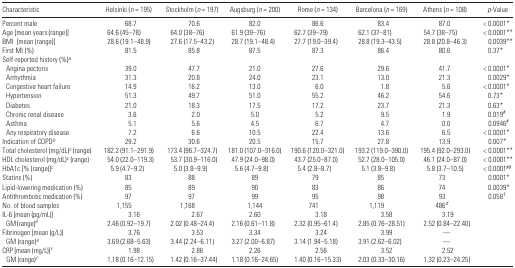
<table><thead><tr><td><b>Characteristic</b></td><td><b>Helsinki (<i>n</i> = 195)</b></td><td><b>Stockholm (<i>n</i> = 197)</b></td><td><b>Augsburg (<i>n</i> = 200)</b></td><td><b>Rome (<i>n</i> = 134)</b></td><td><b>Barcelona (<i>n</i> = 169)</b></td><td><b>Athens (<i>n</i> = 108)</b></td><td><b><i>p</i>-Value</b></td></tr></thead><tbody><tr><td>Percent male</td><td>68.7</td><td>70.6</td><td>82.0</td><td>86.6</td><td>83.4</td><td>87.0</td><td>&lt; 0.0001*</td></tr><tr><td>Age [mean years (range)]</td><td>64.6 (45–78)</td><td>64.0 (38–76)</td><td>61.9 (39–76)</td><td>62.7 (39–79)</td><td>62.1 (37–81)</td><td>54.7 (38–75)</td><td>&lt; 0.0001**</td></tr><tr><td>BMI [mean (range)]</td><td>28.6 (19.1–48.9)</td><td>27.6 (17.5–43.2)</td><td>28.7 (19.1–48.4)</td><td>27.7 (19.0–39.4)</td><td>28.8 (19.3–43.5)</td><td>28.8 (20.8–46.3)</td><td>0.0039**</td></tr><tr><td>First MI (%)</td><td>81.5</td><td>85.8</td><td>87.5</td><td>87.3</td><td>86.4</td><td>80.6</td><td>0.37*</td></tr><tr><td colspan="8">Self-reported history (%)a</td></tr><tr><td> Angina pectoris</td><td>39.0</td><td>47.7</td><td>21.0</td><td>27.6</td><td>29.6</td><td>41.7</td><td>&lt; 0.0001*</td></tr><tr><td> Arrhythmia</td><td>31.3</td><td>20.8</td><td>24.0</td><td>23.1</td><td>13.0</td><td>21.3</td><td>0.0029*</td></tr><tr><td> Congestive heart failure</td><td>14.9</td><td>16.2</td><td>13.0</td><td>6.0</td><td>1.8</td><td>5.6</td><td>&lt; 0.0001*</td></tr><tr><td> Hypertension</td><td>51.3</td><td>49.7</td><td>51.0</td><td>55.2</td><td>46.2</td><td>54.6</td><td>0.73*</td></tr><tr><td> Diabetes</td><td>21.0</td><td>18.3</td><td>17.5</td><td>17.2</td><td>23.7</td><td>21.3</td><td>0.63*</td></tr><tr><td> Chronic renal disease</td><td>3.6</td><td>2.0</td><td>5.0</td><td>5.2</td><td>9.5</td><td>1.9</td><td>0.019#</td></tr><tr><td> Asthma</td><td>5.1</td><td>5.6</td><td>4.5</td><td>6.7</td><td>4.7</td><td>0.0</td><td>0.0946#</td></tr><tr><td> Any respiratory disease</td><td>7.2</td><td>6.6</td><td>10.5</td><td>22.4</td><td>13.6</td><td>6.5</td><td>&lt; 0.0001*</td></tr><tr><td>Indication of COPDb</td><td>29.2</td><td>30.6</td><td>20.5</td><td>15.7</td><td>27.8</td><td>13.9</td><td>0.007*</td></tr><tr><td>Total cholesterol (mg/dL)c (range)</td><td>182.2 (91.1–291.9)</td><td>173.4 (96.7–324.7)</td><td>181.0 (107.0–316.0)</td><td>190.6 (120.0–321.0)</td><td>193.2 (119.0–390.0)</td><td>195.4 (92.0–293.0)</td><td>&lt; 0.0001**</td></tr><tr><td>HDL cholesterol (mg/dL)c (range)</td><td>54.0 (22.0–119.3)</td><td>53.7 (30.9–116.0)</td><td>47.9 (24.0–98.0)</td><td>43.7 (25.0–87.0)</td><td>52.7 (28.0–105.0)</td><td>46.1 (24.0–87.0)</td><td>&lt; 0.0001**</td></tr><tr><td>HbA1c [% (range)]c</td><td>5.9 (4.7–9.2)</td><td>5.0 (3.8–9.9)</td><td>5.6 (4.7–9.8)</td><td>5.4 (2.8–8.7)</td><td>5.1 (3.8–9.8)</td><td>5.8 (3.7–10.5)</td><td>&lt; 0.0001##</td></tr><tr><td>Statins (%)</td><td>83</td><td>88</td><td>89</td><td>79</td><td>85</td><td>73</td><td>0.0001*</td></tr><tr><td>Lipid-lowering medication (%)</td><td>85</td><td>89</td><td>90</td><td>83</td><td>86</td><td>74</td><td>0.0039*</td></tr><tr><td>Antithrombotic medication (%)</td><td>97</td><td>97</td><td>99</td><td>95</td><td>98</td><td>93</td><td>0.058†</td></tr><tr><td>No. of blood samples</td><td>1,155</td><td>1,168</td><td>1,144</td><td>741</td><td>1,119</td><td>486d</td><td></td></tr><tr><td>IL-6 [mean (pg/mL)]</td><td>3.16</td><td>2.67</td><td>2.60</td><td>3.18</td><td>3.58</td><td>3.19</td><td></td></tr><tr><td> GM (range)e</td><td>2.46 (0.92–19.7)</td><td>2.02 (0.48–24.4)</td><td>2.16 (0.61–11.8)</td><td>2.32 (0.95–61.4)</td><td>2.85 (0.76–28.51)</td><td>2.52 (0.84–22.40)</td><td></td></tr><tr><td>Fibrinogen [mean (g/L)]</td><td>3.76</td><td>3.53</td><td>3.34</td><td>3.24</td><td>3.99</td><td>—</td><td></td></tr><tr><td> GM (range)e</td><td>3.69 (2.68–5.63)</td><td>3.44 (2.24–6.11)</td><td>3.27 (2.00–6.87)</td><td>3.14 (1.94–5.18)</td><td>3.91 (2.62–6.02)</td><td>—</td><td></td></tr><tr><td>CRP [mean (mg/L)]f</td><td>1.98</td><td>2.86</td><td>2.26</td><td>2.56</td><td>3.52</td><td>2.52</td><td></td></tr><tr><td> GM (range)f</td><td>1.18 (0.16–12.15)</td><td>1.42 (0.16–37.44)</td><td>1.18 (0.16–24.65)</td><td>1.40 (0.16–15.33)</td><td>2.03 (0.33–30.16)</td><td>1.32 (0.23–24.25)</td><td></td></tr></tbody></table>